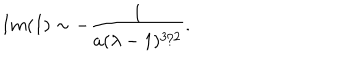
LaTeX: I m ( I ) \sim - { \frac { 1 } { a ( \lambda - 1 ) ^ { 3 / 2 } } } .